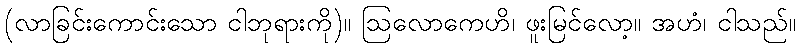
(လာခြင်းကောင်းသော ငါဘုရားကို)။ ဩလောကေဟိ၊ ဖူးမြင်လော့။ အဟံ၊ ငါသည်။